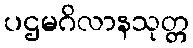
ပဌမဂိလာနသုတ္တ